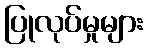
ပြုလုပ်မှုများ